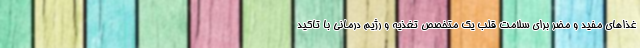
غذاهای مفید و مضر برای سلامت قلب یک متخصص تغذیه و رژیم درمانی با تاکید